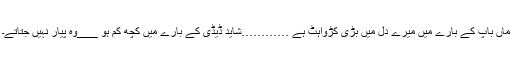
ماں باپ کے بارے میں میرے دل میں بڑی کڑواہٹ ہے …………شاید ڈیڈی کے بارے میں کچھ کم ہو ___وہ پیار نہیں جتاتے۔